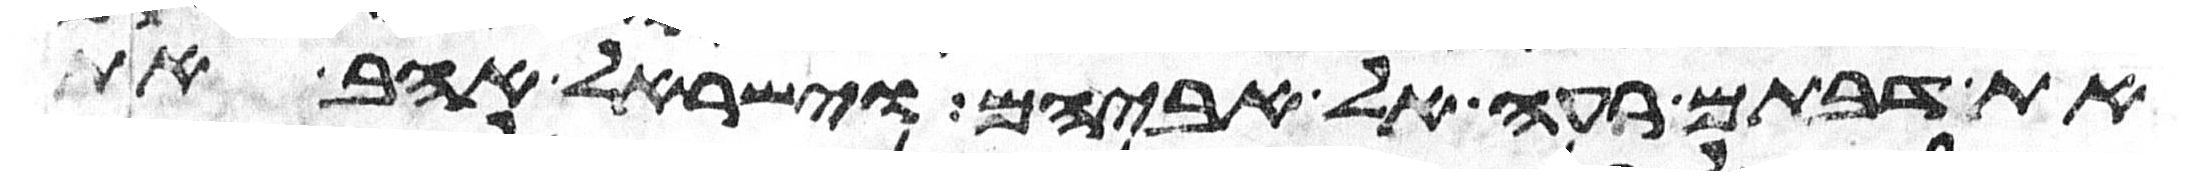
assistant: את דבתם רעה אל אביהם וישראל אהב את